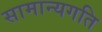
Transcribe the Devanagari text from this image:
सामान्यगति